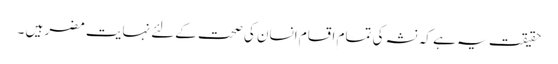
حقیقت یہ ہے کہ نشہ کی تمام اقسام انسان کی صحت کےلئے نہایت مضر ہیں ۔